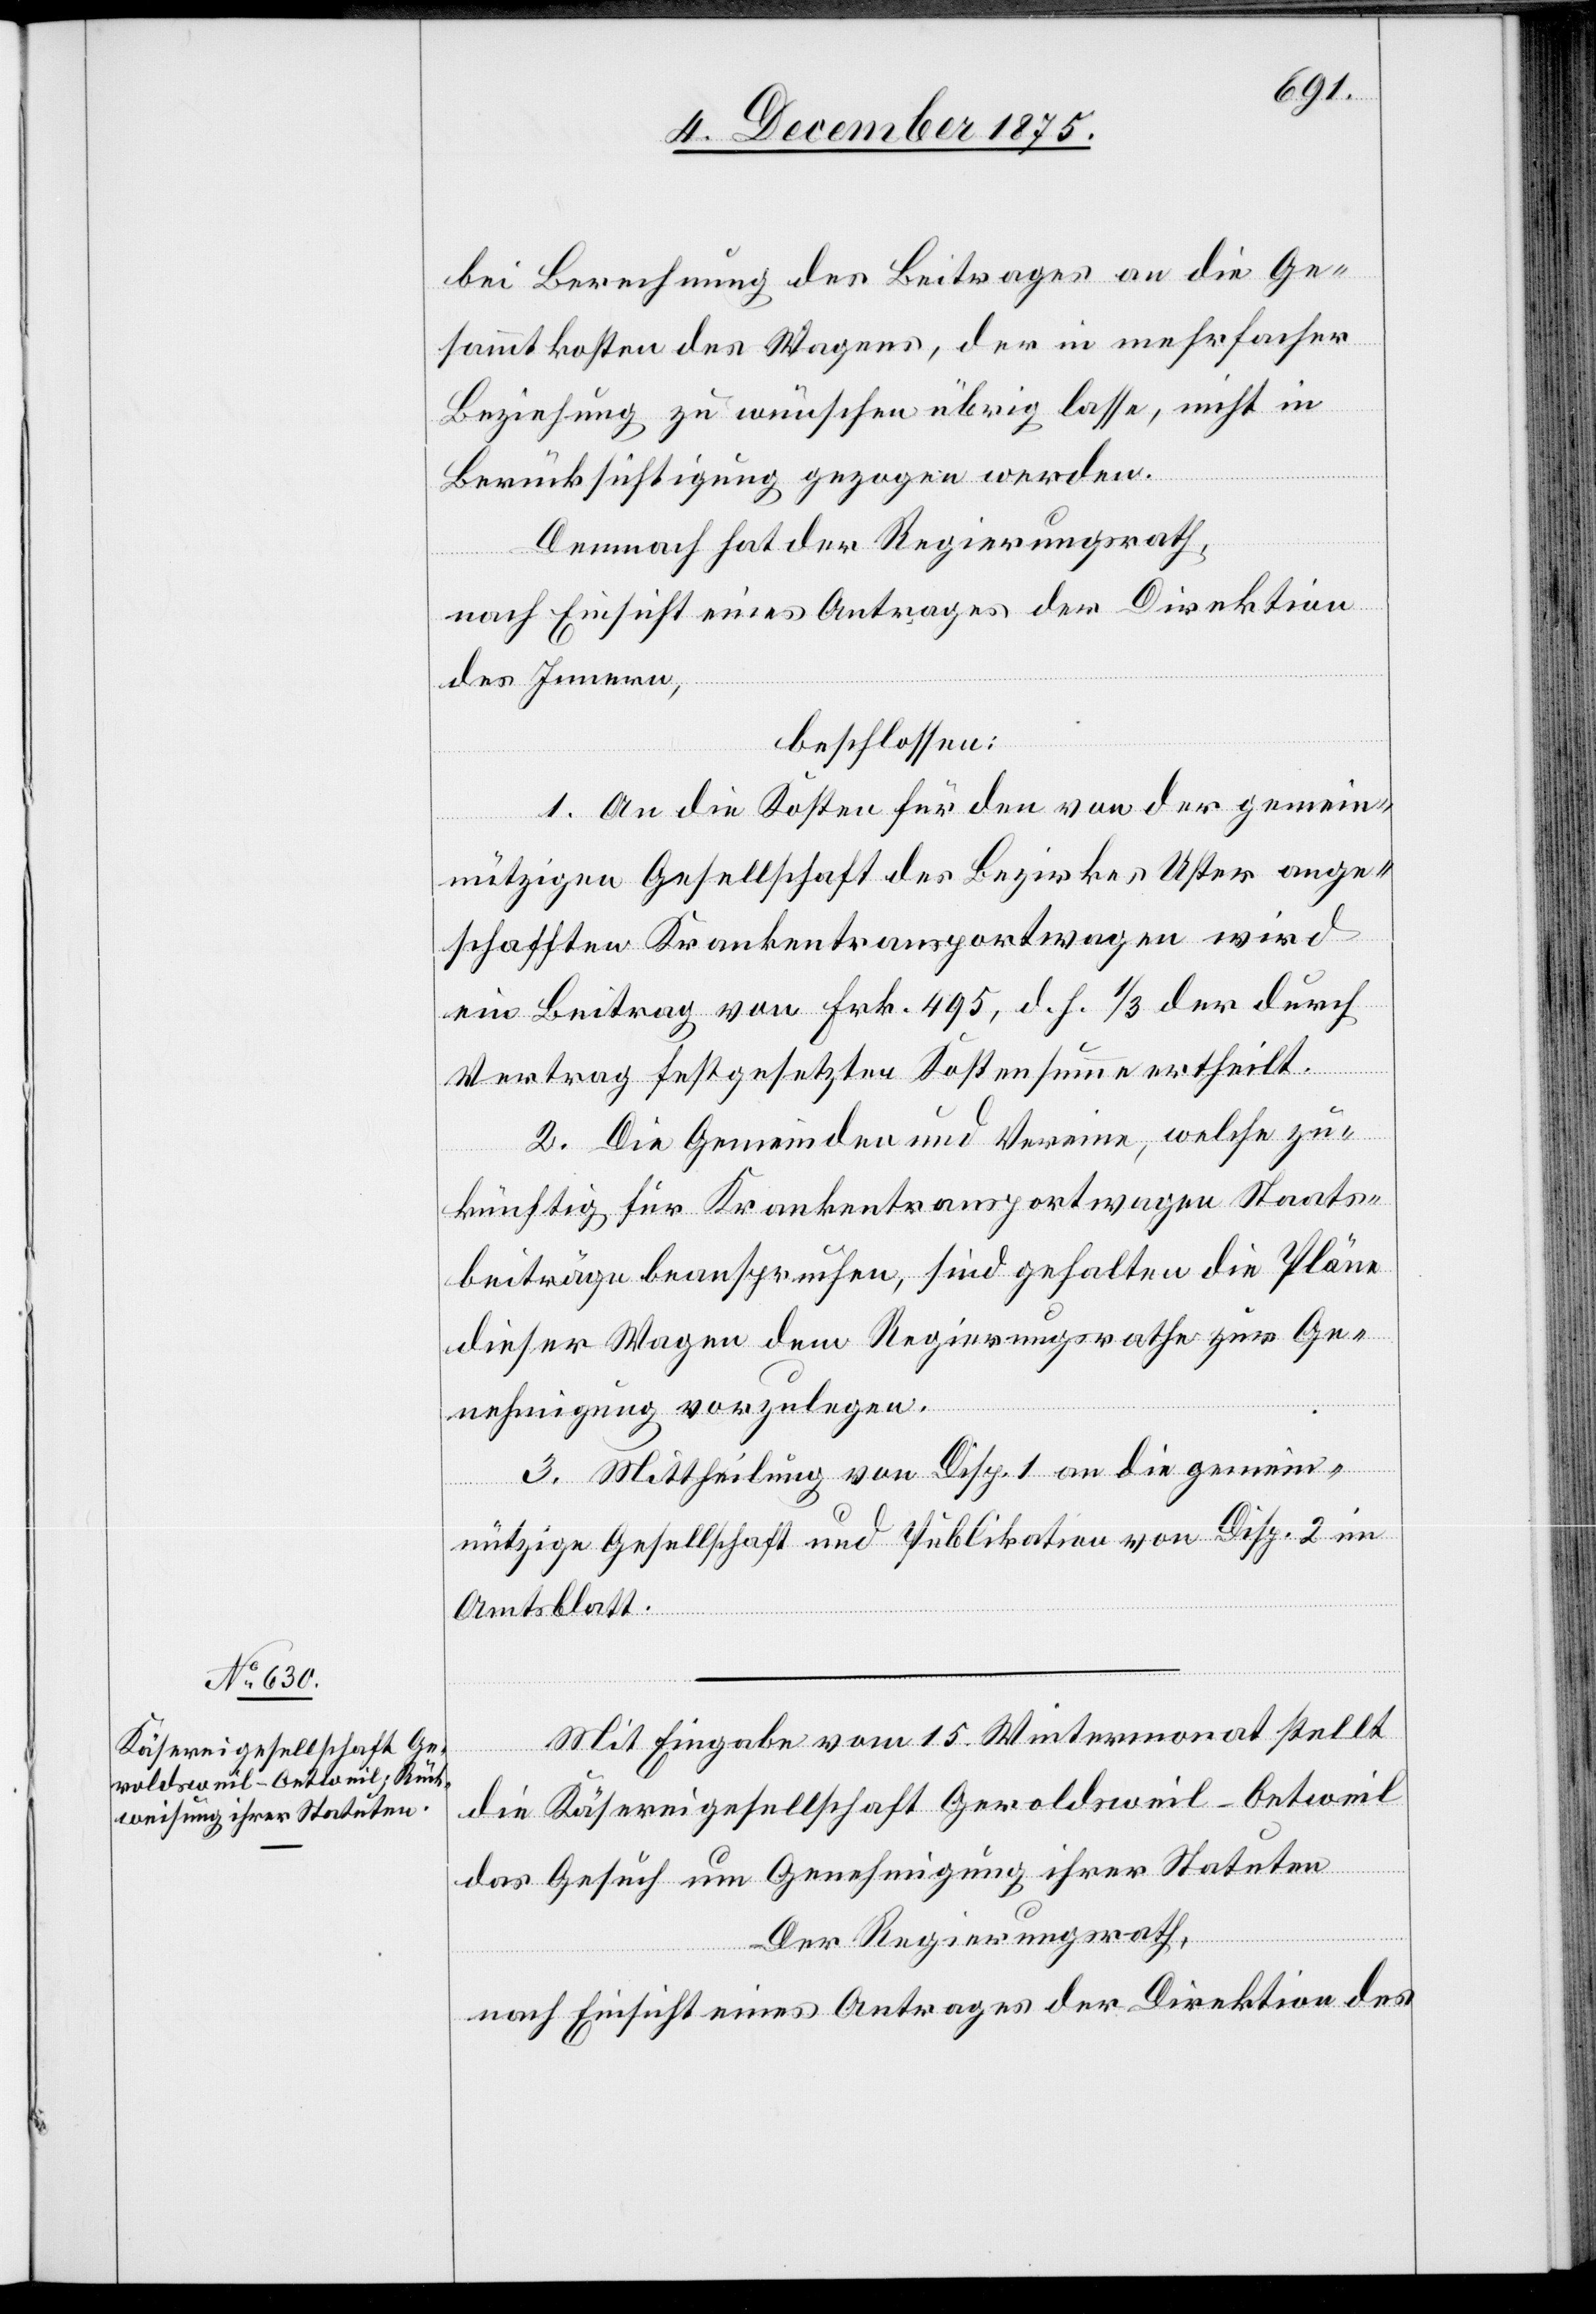
bei Berechnung des Beitrages an die Ge¬
sammtkosten des Wagens, der in mehrfacher
Beziehung zu wünschen übrig lasse, nicht in
Berücksichtigung gezogen werden.
Demnach hat der Regierungsrath,
nach Einsicht eines Antrages der Direktion
des Innern,
beschlossen:
1. An die Kosten für den von der gemein¬
nützigen Gesellschaft des Bezirkes Uster ange¬
schafften Krankentransportwagen wird
ein Beitrag von Frk. 495, d. h. 1/3 der durch
Vertrag festgesetzten Kostensumme ertheilt.
2. Die Gemeinden und Vereine, welche zu¬
künftig für die Krankentransportwagen Staats¬
beiträge beanspruchen, sind gehalten die Pläne
dieser Wagen dem Regierungsrathe zur Ge¬
nehmigung vorzuschlagen.
3. Mittheilung von Disp. 1 an die gemein¬
nützige Gesellschaft und Publikation von Disp. 2 im
Amtsblatt.
Mit Eingabe vom 15. Wintermonat stellt
die Käsereigesellschaft Geroldsweil-Oetweil
das Gesuch um Genehmigung ihrer Statuten.
Der Regierungsrath,
nach Einsicht eines Antrages der Direktion des